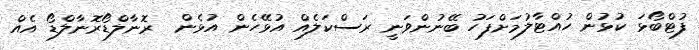
ފުޓްބޯޅަ ކުޅުން ހުއްޓާލުމަށްފަހު ބޭނުންވަނީ ރަސްކަލެއް އުޅޭހެން އުޅެން  ރޮނާލްޑޯރޮނާލްޑޯ އެއް